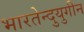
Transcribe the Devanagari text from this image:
भारतेन्दुयुगीन